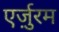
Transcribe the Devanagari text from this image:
एर्ज़ुरम